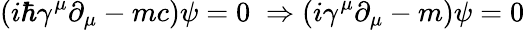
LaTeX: \left(i\hbar\gamma^{\mu}\partial_{\mu}-mc\right)\psi=0\; \Rightarrow\left(i\gamma^{\mu}\partial_{\mu}-m\right)\psi=0